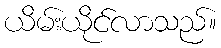
ယိမ်းယိုင်လာသည်။